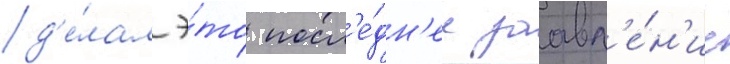
д'е́лал э́то посл'е́дн'ее заавл'е́н'ие